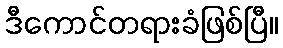
ဒီကောင်တရားခံဖြစ်ပြီ။